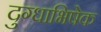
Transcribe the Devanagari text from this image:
दुग्‍धाभिषेक